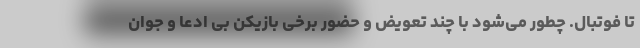
تا فوتبال. چطور می‌شود با چند تعویض و حضور برخی بازیکن بی ادعا و جوان